Report of the Indian Hemp Drugs Commission, 1894-1895 - Volume VI
Year: 1894
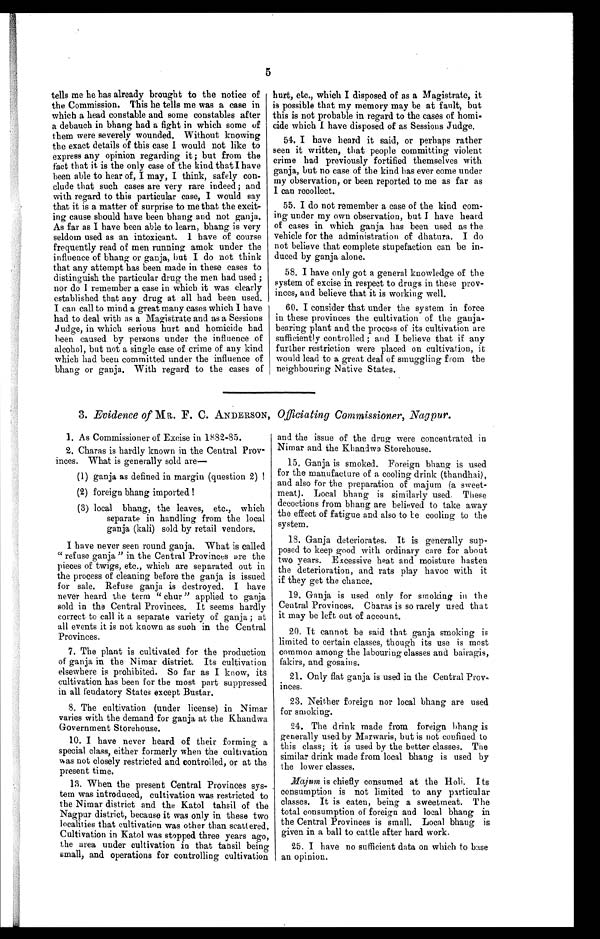
5
tells me he has already brought to the notice of
the Commission. This he tells me was a case in
which a head constable and some constables after
a debauch in bhang had a fight in which some of
them were severely wounded. Without knowing
the exact details of this case I would not like to
express any opinion regarding it; but from the
fact that it is the only case of the kind that I have
been able to hear of, I may, I think, safely con
- c l u d e t h a t s u c h c a s e s a r e v e r y r a r e i n d e e d ; a n d
with regard to this particular case, I would say
that it is a matter of surprise to me that the excit
- i n g c a u s e s h o u l d h a v e b e e n b h a n g a n d n o t g a n j a .
As far as I have been able to learn, bhang is very
seldom used as an intoxicant. I have of course
frequently read of men running amok under the
influence of bhang or ganja, but I do not think
that any attempt has been made in these cases to
distinguish the particular drug the men had used ;
nor do I remember a case in which it was clearly
established that any drug at all had been used.
I can call to mind a great many cases which I have
had to deal with as a Magistrate and as a Sessions
Judge, in which serious hurt and homicide had
been caused by persons under the influence of
alcohol, but not a single case of crime of any kind
which had been committed under the influence of
bhang or ganja. With regard to the cases of
hurt, etc., which I disposed of as a Magistrate, it
is possible that my memory may be at fault, but
this is not probable in regard to the cases of homi
- c i d e w h i c h I h a v e d i s p o s e d o f a s S e s s i o n s J u d g e .
54. I have heard it said, or perhaps rather
seen it written, that people committing violent
crime had previously fortified themselves with
ganja, but no case of the kind has ever come under
my observation, or been reported to me as far as
I can recollect.
55. I do not remember a case of the kind com--
ing under my own observation, but I have heard
of cases in which ganja has been used as the
vehicle for the administration of dhatura. I do
not believe that complete stupefaction can be in
-duced by ganja alone.
58. I have only got a general knowledge of the
system of excise in respect to drugs in these prov
-inces, and believe that it is working well.
60. I consider that under the system in force
in these provinces the cultivation of the ganja
-bearing plant and the process of its cultivation are
sufficiently controlled; and I believe that if any
further restriction were placed on cultivation, it
would lead to a great deal of smuggling from the
neighbouring Native States.
3. Evidence of MR. F. C. ANDERSON, Officiating Commissioner, Nagpur.
1. As Commissioner of Excise in 1882-85.
2. Charas is hardly known in the Central Prov
-inces. What is generally sold are
(1) ganja as defined in margin (question 2) !
(2) foreign bhang imported !
(3) local bhang, the leaves, etc., which
separate in handling from the local
ganja (kali) sold by retail vendors.
I have never seen round ganja. What is called
" refuse ganja " in the Central Provinces are the
pieces of twigs, etc., which are separated out in
the process of cleaning before the ganja is issued
for sale. Refuse ganja is destroyed. I have
never heard the term " chur " applied to ganja
sold in the Central Provinces. It seems hardly
correct to call it a separate variety of ganja ; at
all events it is not known as such in the Central
Provinces.
7. The plant is cultivated for the production
of ganja in the Nimar district. Its cultivation
elsewhere is prohibited. So far as I know, its
cultivation has been for the most part suppressed
in all feudatory States except Bustar.
8. The cultivation (under license) in Nimar
varies with the demand for ganja at the Khandwa
Government Storehouse.
10. I have never heard of their forming a
special class, either formerly when the cultivation
was not closely restricted and controlled, or at the
present time.
13. When the present Central Provinces sys
-tem was introduced, cultivation was restricted to
the Nimar district and the Katol tahsil of the
Nagpur district, because it was only in these two
localities that cultivation was other than scattered.
Cultivation in Katol was stepped three years ago,
the area under cultivation in that tahsil being
small, and operations for controlling cultivation
and the issue of the drug were concentrated in
Nimar and the Khandwa Storehouse.
15. Ganja is smoked. Foreign bhang is used
for the manufacture of a cooling drink (thandhai),
and also for the preparation of majum (a sweet-
meat). Local bhang is similarly used. These
decoctions from bhang are believed to take away
the effect of fatigue and also to be cooling to the
system.
18. Ganja deteriorates. It is generally sup
- p o s e d t o k e e p g o o d w i t h o r d i n a r y c a r e f o r a b o u t
two years. Excessive heat and moisture hasten
the deterioration, and rats play havoc with it
if they get the chance.
19. Ganja is used only for smoking in the
Central Provinces. Charas is so rarely used that
it may be left out of account.
20. It cannot be said that ganja smoking is
limited to certain classes, though its use is most
common among the labouring classes and bairagis,
fakirs, and gosains.
21. Only flat ganja is used in the Central Pro
v-inces.
23. Neither foreign nor local bhang are used
for smoking.
24. The drink made from foreign bhang is
generally used by Marwaris, but is not confined to
this class; it is used by the better classes. The
similar drink made from local bhang is used by
the lower classes.
Majum is chiefly consumed at the Holi. Its
consumption is not limited to any particular
classes. It is eaten, being a sweetmeat. The
total consumption of foreign and local bhang in
the Central Provinces is small. Local bhang is
given in a ball to cattle after hard work.
25. I have no sufficient data on which to base
an opinion.